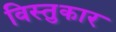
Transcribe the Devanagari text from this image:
विस्तुकार